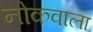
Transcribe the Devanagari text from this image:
नोकवाला